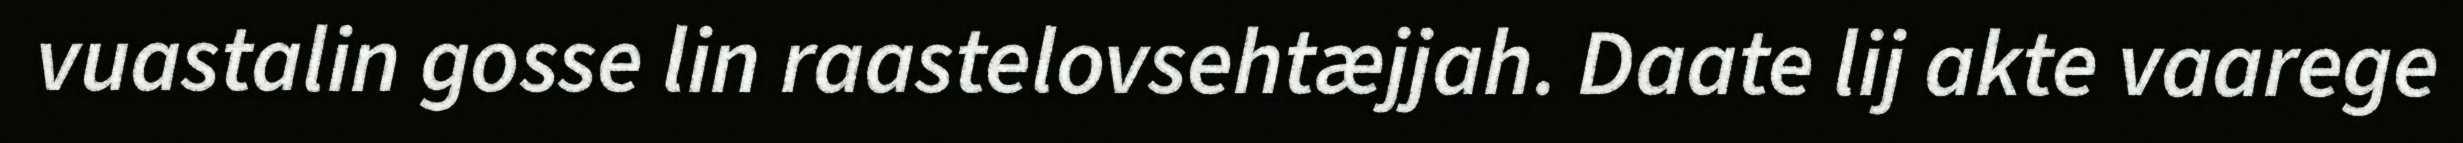
vuastalin gosse lin raastelovsehtæjjah. Daate lij akte vaarege